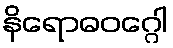
နိရောဓဝဂ္ဂေါ